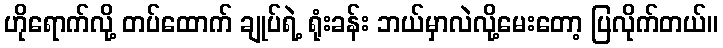
ဟိုရောက်လို့ တပ်ထောက် ချုပ်ရဲ့ ရုံးခန်း ဘယ်မှာလဲလို့မေးတော့ ပြလိုက်တယ်။